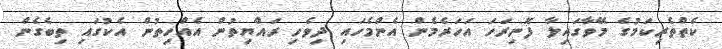
ކެތްތެރިކަމުގެ މޭވާގައިލާ ފޮނިރަހަ އަހަރެމެން އެންމެހައި ދިވެހި ރައްޔިތުން އެއްހިތުން އެކުގައި ތިބެގެން